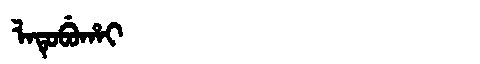
Manchu: ᠯᠠᡨᡠᠪᡠᡥᠠᡳ
Romanization: LATUBUHAI